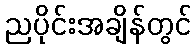
ညပိုင်းအချိန်တွင်